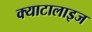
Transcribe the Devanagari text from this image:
क्याटालाइज